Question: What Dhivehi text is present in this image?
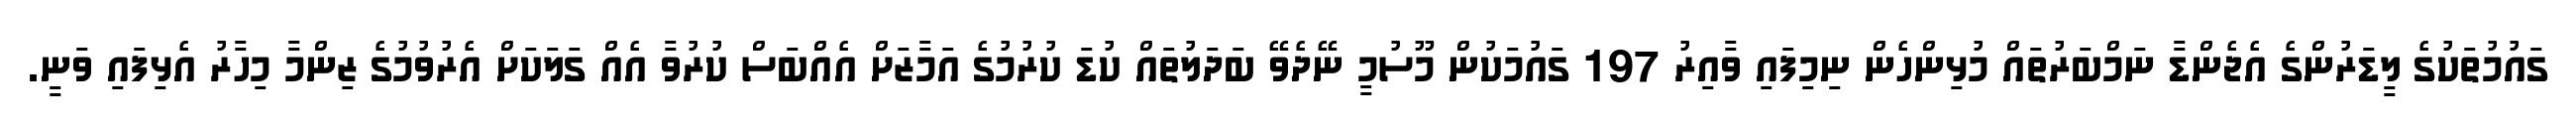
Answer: ގައުމުތަކުގެ ލީޑަރުންގެ އެޖެންޑާ ނަމްބަރުތައް މުޅިންހެން ނިމިފައި ވާއިރު 197 ގައުމަކުން މޫސުމީ ނޭދެވޭ ބަދަލުތައް ކުޑަ ކުރުމުގެ އަމާޒަށް އެއްބަސް ކުރުވާ އެއް ގަލަކަށް އެރުވުމުގެ ޒިންމާ މިހާރު އެޅިފައި ވަނީ.